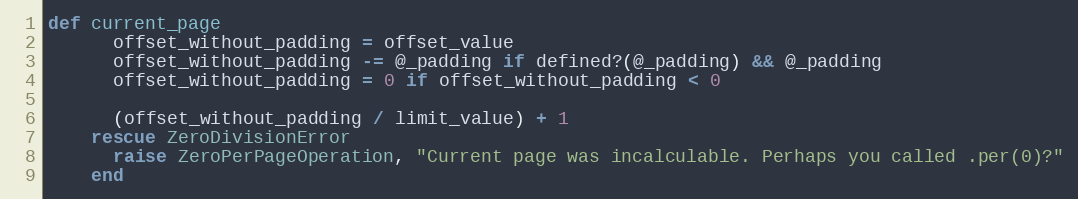
Language: Ruby
def current_page
      offset_without_padding = offset_value
      offset_without_padding -= @_padding if defined?(@_padding) && @_padding
      offset_without_padding = 0 if offset_without_padding < 0

      (offset_without_padding / limit_value) + 1
    rescue ZeroDivisionError
      raise ZeroPerPageOperation, "Current page was incalculable. Perhaps you called .per(0)?"
    end